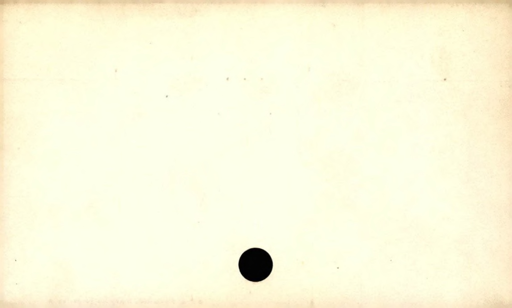
Label: blank